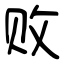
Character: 败